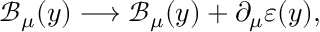
\mathcal { B } _ { \mu } ( y ) \longrightarrow \mathcal { B } _ { \mu } ( y ) + \partial _ { \mu } \varepsilon ( y ) ,